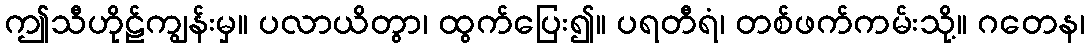
ဤသီဟိုဠ်ကျွန်းမှ။ ပလာယိတွာ၊ ထွက်ပြေး၍။ ပရတီရံ၊ တစ်ဖက်ကမ်းသို့။ ဂတေန၊